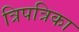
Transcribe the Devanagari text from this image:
त्रिपत्रिका